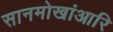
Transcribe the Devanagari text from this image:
सानमोखांआरि